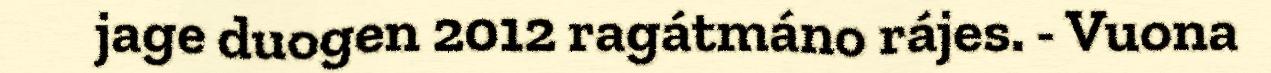
jage duogen 2012 ragátmáno rájes. - Vuona